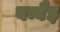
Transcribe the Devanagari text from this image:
बम्बैइ